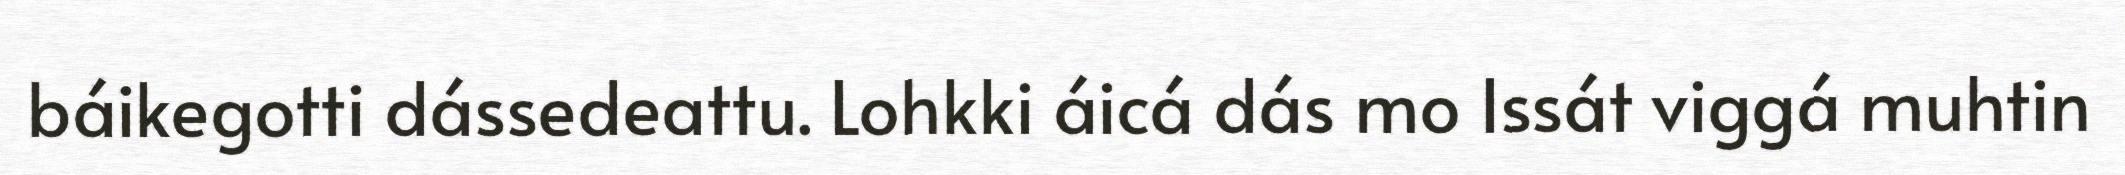
báikegotti dássedeattu. Lohkki áicá dás mo Issát viggá muhtin